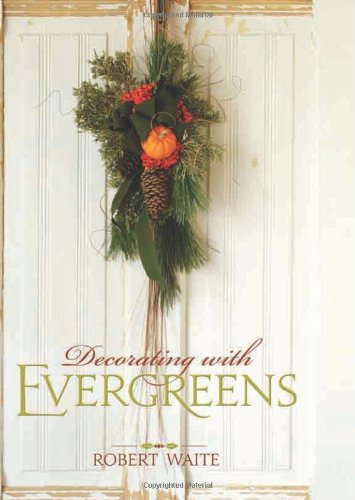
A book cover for Decorating with Evergreens; Robert Waite; Crafts, Hobbies & Home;